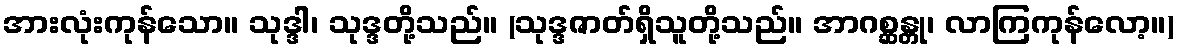
အားလုံးကုန်သော။ သုဒ္ဒါ၊ သုဒ္ဒတို့သည်။ (သုဒ္ဒဇာတ်ရှိသူတို့သည်။ အာဂစ္ဆန္တု၊ လာကြကုန်လော့။)